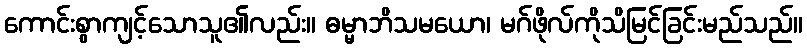
ကောင်းစွာကျင့်သောသူ၏လည်း။ ဓမ္မာဘိသမယော၊ မဂ်ဖိုလ်ကိုသိမြင်ခြင်းမည်သည်။